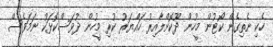
ހެކި ނެތިގެން ކޯޓުން މީހުން ދޫކޮށްލާއިރު ހައްޔަރު ކުރި މީހުން ދުވަސްކޮޅަކު ނަމަވެސް